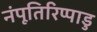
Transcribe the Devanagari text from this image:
नंपूतिरिप्पाडु